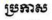
ប្រកាស